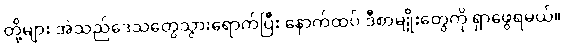
တို့များ အဲသည်ဒေသတွေသွားရောက်ပြီး နောက်ထပ် ဒီစာမျိုးတွေကို ရှာဖွေရမယ်။